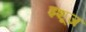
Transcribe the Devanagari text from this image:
इशूज